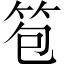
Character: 笣